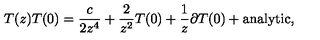
T ( z ) T ( 0 ) = \frac { c } { 2 z ^ { 4 } } + \frac { 2 } { z ^ { 2 } } T ( 0 ) + \frac { 1 } { z } \partial T ( 0 ) + \mathrm { a n a l y t i c } ,